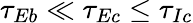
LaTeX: \tau_{Eb}\ll\tau_{Ec}\leq\tau_{Ic}